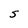
Character: S